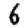
Digit: 6